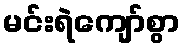
မင်းရဲကျော်စွာ